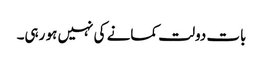
بات دولت کمانے کی نہیں ہو رہی۔